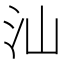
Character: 汕